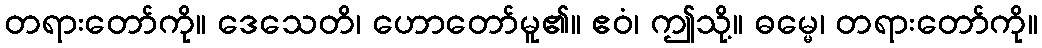
တရားတော်ကို။ ဒေသေတိ၊ ဟောတော်မူ၏။ ဧဝံ၊ ဤသို့။ ဓမ္မေ၊ တရားတော်ကို။